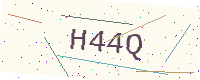
Text: H44Q